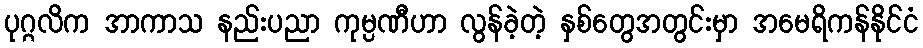
ပုဂ္ဂလိက အာကာသ နည်းပညာ ကုမ္ပဏီဟာ လွန်ခဲ့တဲ့ နှစ်တွေအတွင်းမှာ အမေရိကန်နိုင်ငံ